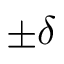
\pm \delta